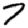
Digit: 7